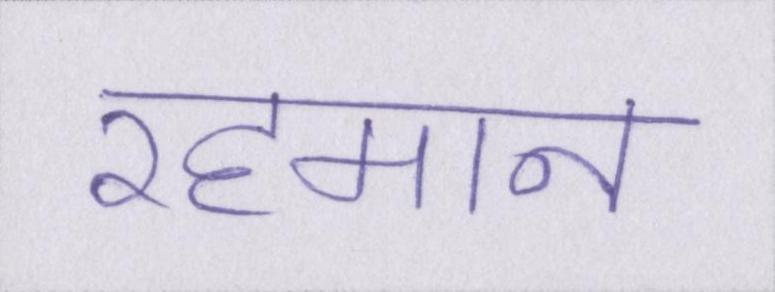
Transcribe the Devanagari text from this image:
रहमान